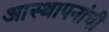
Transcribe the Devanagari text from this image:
आस्थापनांची